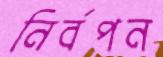
নির্বপন